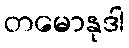
တမောနုဒါ